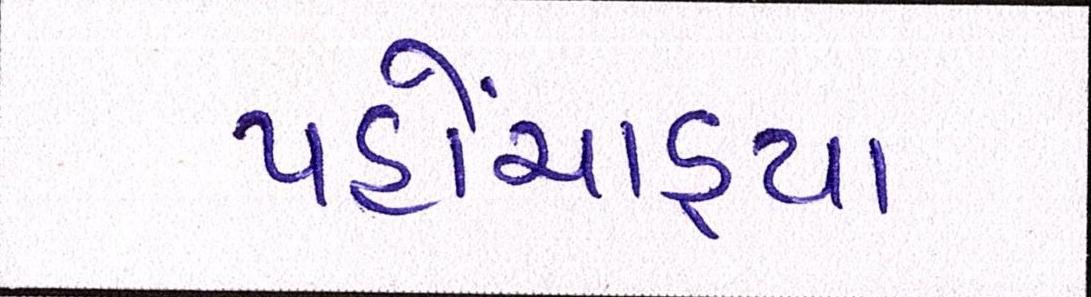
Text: પહોંચાડ્યા